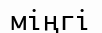
міңгі